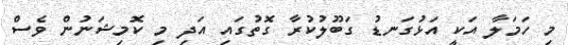
މި ހަމަލާ އަކީ އަޅުގަނޑު ގަބޫލުކުރާ ގޮތުގައި އަދި މި ކޮމިޝަނުން ވެސް